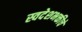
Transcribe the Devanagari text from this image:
स्वदेशभक्तीचे